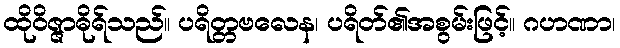
ထိုဝိဇ္ဇာဓိုရ်သည်။ ပရိတ္တဗလေန၊ ပရိတ်၏အစွမ်းဖြင့်။ ဂဟဏာ၊